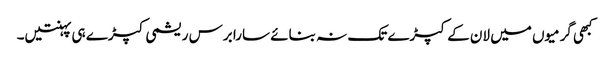
کبھی گرمیوں میں لان کے کپڑے تک نہ بنائے سارا برس ریشمی کپڑے ہی پہنتیں۔